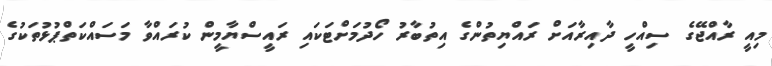
މިއީ ރާއްޖޭގެ ސިއްހީ ދާއިރާއަށް ރައްޔިތުންގެ އިތުބާރު ހޯދުމަށްޓަކައި ރައީސްޔާމީން ކުރައްވާ މަސައްކަތްޕުޅުތަކުގެ